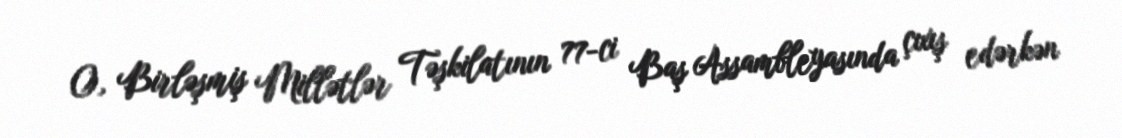
O, Birləşmiş Millətlər Təşkilatının 77-ci Baş Assambleyasında çıxış edərkən